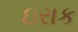
ઇરાક